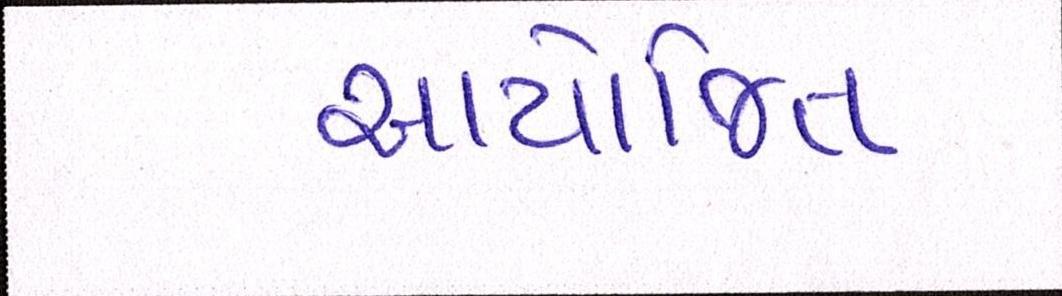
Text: આયોજિત